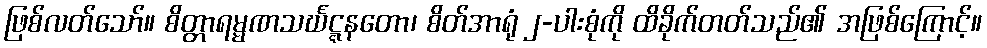
ဖြစ်လတ်သော်။ စိတ္တာရမ္မဏသင်္ဃဋ္ဋနတော၊ စိတ်အာရုံ ၂-ပါးစုံကို ထိခိုက်တတ်သည်၏ အဖြစ်ကြောင့်။